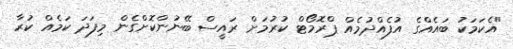
"އެކަމަކު ބައެއްގެ އުފެއްދުމެއް ޕްރޮމޯޓް ކުރުމަށް ރައީސް ބޭނުންކޮށްގެން މިފަދަ ކަމެއް ކުރާ